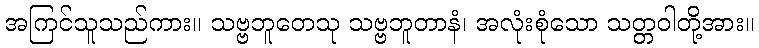
အကြင်သူသည်ကား။ သဗ္ဗဘူတေသု သဗ္ဗဘူတာနံ၊ အလုံးစုံသော သတ္တဝါတို့အား။